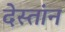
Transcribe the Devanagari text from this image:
देस्तांन